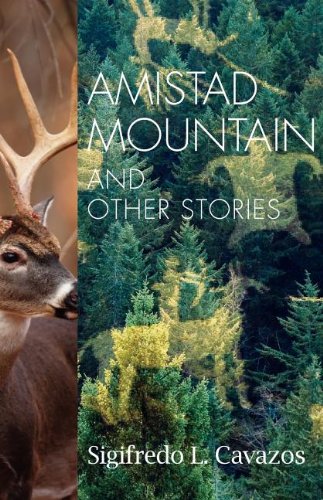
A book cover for Amistad Mountain & Other Stories; Sigifredo Cavazos; Literature & Fiction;